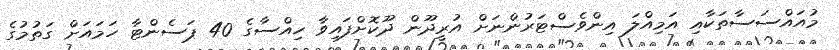
މުއައްސަސާތަކާއި އަމިއްލަ އިންވެސްޓަރުންނަށް އުރީދޫން ދޫކޮށްފައިވާ ހިއްސާގެ 40 ޕަސެންޓާ ހަމައަށް ގަތުމުގެ